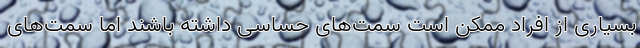
بسیاری از افراد ممکن است سِمَت‌های حساسی داشته باشند اما سمت‌های